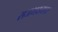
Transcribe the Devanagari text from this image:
राजभवनावर